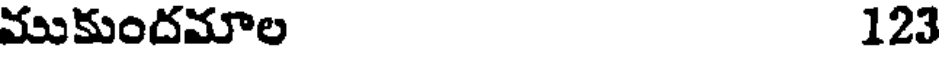
ముకుందమాల 123